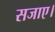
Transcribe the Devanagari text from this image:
सजाए।